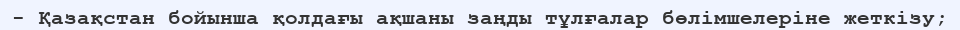
- Қазақстан бойынша қолдағы ақшаны заңды тұлғалар бөлімшелеріне жеткізу;